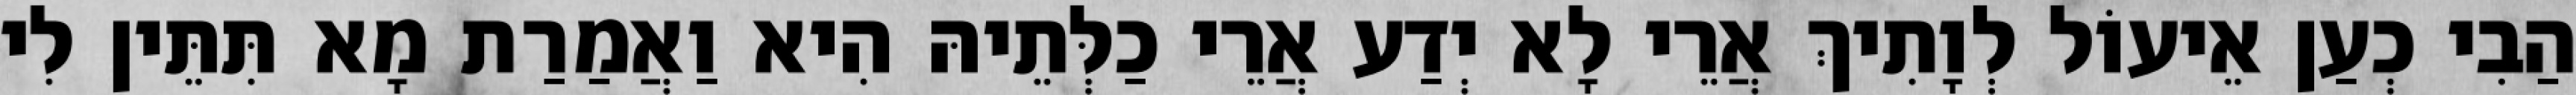
הַבִי כְעַן אֵיעוֹל לְוָתִיךְ אֲרֵי לָא יְדַע אֲרֵי כַלְּתֵיהּ הִיא וַאֲמַרַת מָא תִּתֵּין לִי